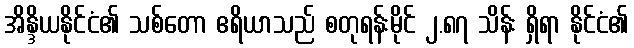
အိန္ဒိယနိုင်ငံ၏ သစ်တော ဧရိယာသည် စတုရန်းမိုင် ၂.၈၇ သိန်း ရှိရာ နိုင်ငံ၏